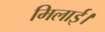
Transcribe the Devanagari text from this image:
मिलाई।